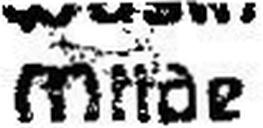
Müde